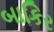
બાકિર